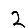
Digit: 2